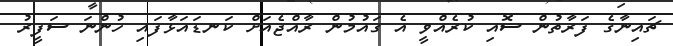
ޗައިނާގެ ފަރާތުން ސޮއި ކުރެއްވީ އެ ގައުމުން ރާއްޖެއަށް ކަނޑައަޅާފައި ހުންނަ ސަފީރު